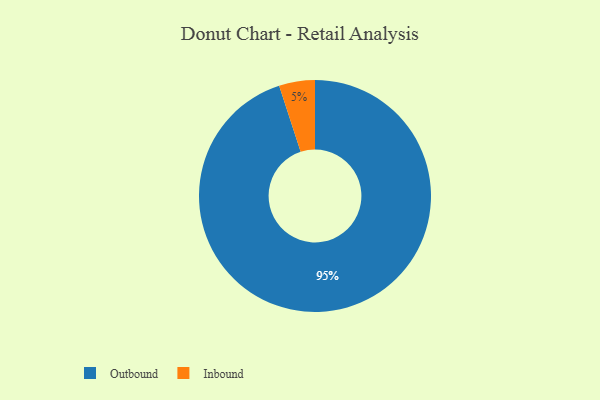
{"axis": {"x": "Category", "y": "Percentage"}, "legend": ["Inbound", "Outbound"], "data": [{"x": "Inbound", "y": 5, "type": "Inbound"}, {"x": "Outbound", "y": 95, "type": "Outbound"}]}